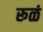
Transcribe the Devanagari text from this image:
रूळं